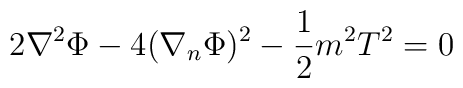
2\nabla^{2}\Phi-4(\nabla_{n}\Phi)^{2}-\frac{1}{2}m^{2}T^{2}=0